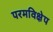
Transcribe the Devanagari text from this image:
परमविक्षेप